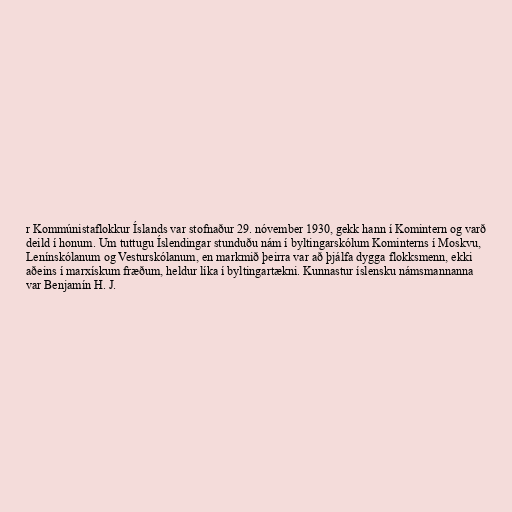
r Kommúnistaflokkur Íslands var stofnaður 29. nóvember 1930, gekk hann í Komintern og varð
deild í honum. Um tuttugu Íslendingar stunduðu nám í byltingarskólum Kominterns í Moskvu,
Lenínskólanum og Vesturskólanum, en markmið þeirra var að þjálfa dygga flokksmenn, ekki
aðeins í marxískum fræðum, heldur líka í byltingartækni. Kunnastur íslensku námsmannanna
var Benjamín H. J.